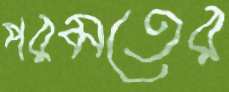
পরমতের